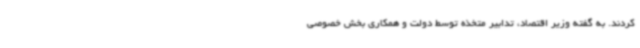
کردند. به گفته وزیر اقتصاد، تدابیر متخذه توسط دولت و همکاری بخش خصوصی